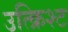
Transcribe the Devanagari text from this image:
उत्क्रिश्ट